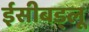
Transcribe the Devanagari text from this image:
ईसीबड्लू